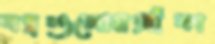
যন্ত্রগুলোয়আঁকা